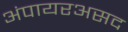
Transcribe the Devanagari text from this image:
अंपायरअसद